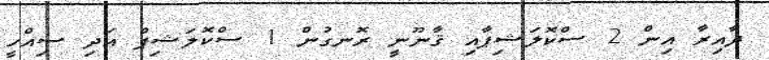
ދާއިރާ އިން 2 ސްކޮލަޝިޕާއި ޤާނޫނީ ރޮނގުން 1 ސްކޮލަޝިޕް އަދި ސިއްހީ